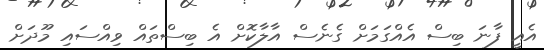
އެއީ ފާނަ ބިސް އެއްގަމަށް ގެނެސް އާލާކޮށް އެ ބިސްތައް ވިއްސައި މޫދަށް